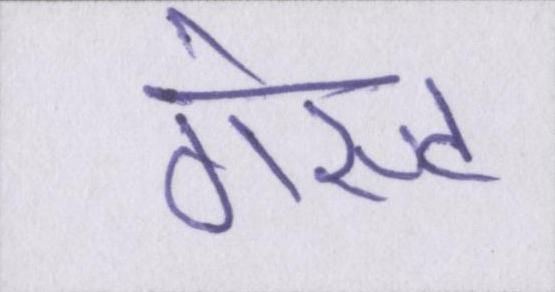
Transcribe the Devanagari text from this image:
गेस्ट